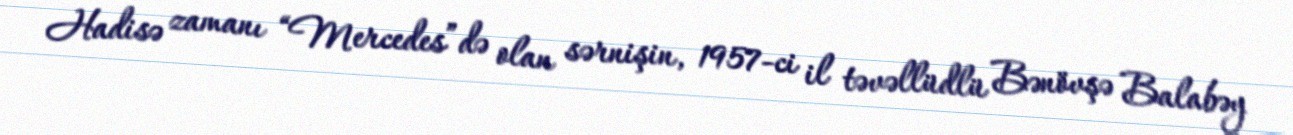
Hadisə zamanı “Mercedes”də olan sərnişin, 1957-ci il təvəllüdlü Bənövşə Balabəy